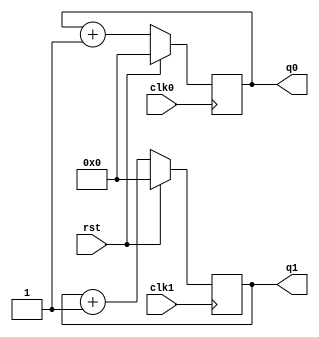
// This program was cloned from: https://github.com/tangxifan/micro_benchmark
// License: MIT License

module counter4_2clock(clk0, rst, clk1, q0, q1);

    input clk0;
    input rst;
    output [3:0] q0;
    reg [3:0] q0;

    input clk1;
    output [3:0] q1;
    reg [3:0] q1;

    initial begin
      q0 <= 0;
      q1 <= 0;
    end

    always @ (posedge clk0)
    begin
        if(rst)
		q0 <= 4'b0000;
	else
		q0 <= q0 + 1;
    end

    always @ (posedge clk1)
    begin
        if(rst)
		q1 <= 4'b0000;
	else
		q1 <= q1 + 1;
    end

endmodule